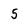
Character: 5